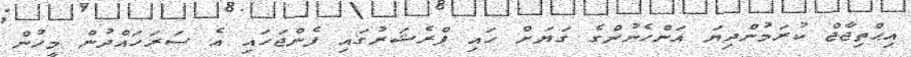
އިޙްތިޖާޖް ކުރަމުންދިޔަ އަންހެނުންގެ ގަޔަށް ހައި ޕްރެޝަރުގައި ފެންޖަހައި އެ ސަރަހައްދުން މީހުން